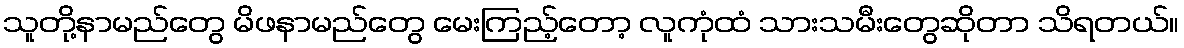
သူတို့နာမည်တွေ မိဖနာမည်တွေ မေးကြည့်တော့ လူကုံထံ သားသမီးတွေဆိုတာ သိရတယ်။